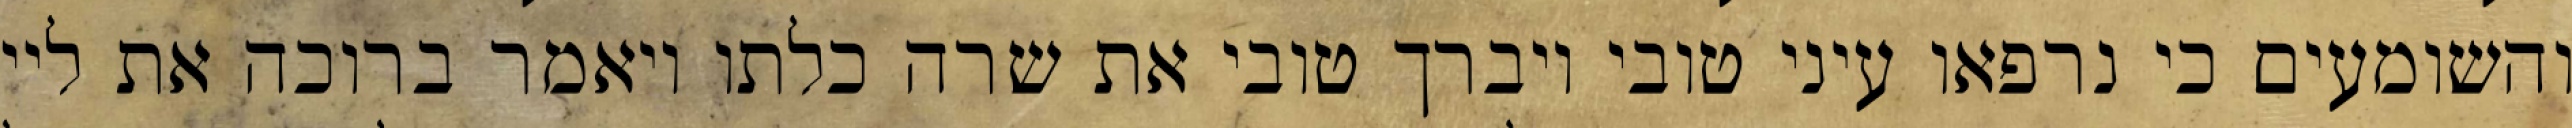
והשומעים כי נרפאו עיני טובי ויברך טובי את שרה כלתו ויאמר ברוכה את ליי